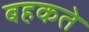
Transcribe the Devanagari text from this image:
बहकते